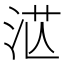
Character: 𣴭